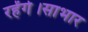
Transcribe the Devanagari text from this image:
रहेंगे।साभार